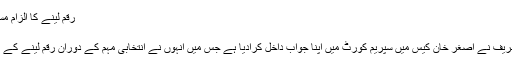
رقم لینے کا الزام مسترد - Khouj News
رقم لینے کا الزام مسترد
سابق وزیر اعظم نواز شریف نے اصغر خان کیس میں سپریم کورٹ میں اپنا جواب داخل کرادیا ہے جس میں انہوں نے انتخابی مہم کے دوران رقم لینے کے الزامات مسترد کردیئے۔